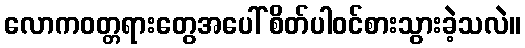
လောကဝတ္တရားတွေအပေါ် စိတ်ပါဝင်စားသွားခဲ့သလဲ။